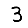
Digit: 3